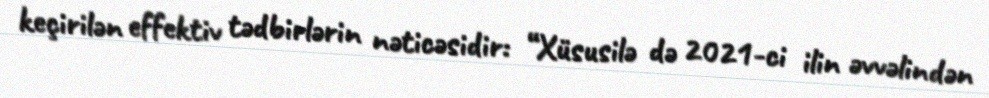
keçirilən effektiv tədbirlərin nəticəsidir: “Xüsusilə də 2021-ci ilin əvvəlindən